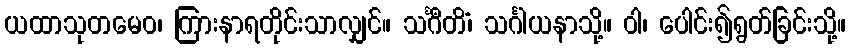
ယထာသုတမေဝ၊ ကြားနာရတိုင်းသာလျှင်။ သင်္ဂီတိံ၊ သင်္ဂါယနာသို့။ ဝါ၊ ပေါင်း၍ရွတ်ခြင်းသို့။